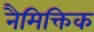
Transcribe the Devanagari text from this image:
नैमिक्तिक